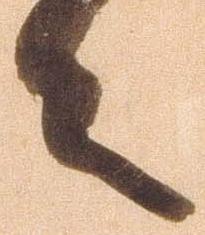
々